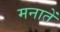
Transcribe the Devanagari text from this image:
मनातें